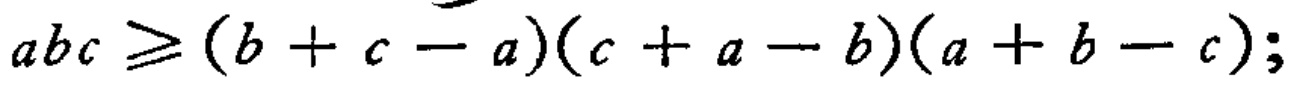
\(abc\geqslant(b + c - a)(c + a - b)(a + b - c);\)